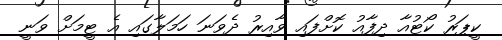
ކީޕަރު ކޯޓުއާ ދިފާއު ކޮށްފައި ވާއިރު ދެވަނަ ހަމަލާގައި އެ ޓީމަށް ވަނީ